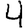
Digit: 4